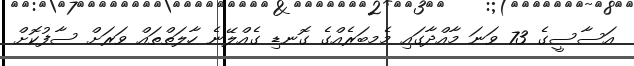
އަސާސީގެ 73 ވަނަ މާއްދާގައި މެމބަރެއްގެ ގޮނޑި ގެއްލޭނެ ހާލަތްތައް ވަރަށް ސާފުކޮށް